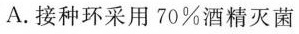
A.接种环采用70%酒精灭菌